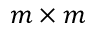
m \times m